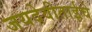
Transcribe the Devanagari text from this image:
जयदेवीताईचे